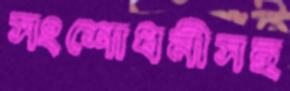
সংশোধনীসহ